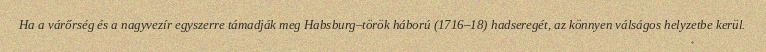
Ha a várőrség és a nagyvezír egyszerre támadják meg Habsburg–török háború (1716–18) hadseregét, az könnyen válságos helyzetbe kerül.